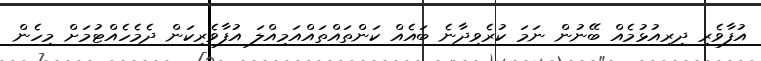
އުފާވެރި ދިރިއުޅުމެއް ބޭނުން ނަމަ ކުރެވިދާނެ ބައެއް ކަންތައްތައްއަމިއްލަ އުފާވެރިކަން ދެމެހެއްޓުމަށް މިހެން